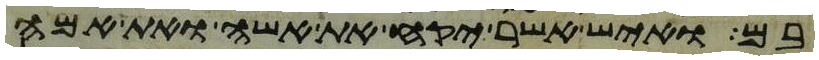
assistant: בם ואיש אשר יקח את אשה ואת אמה